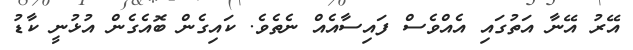
އޭރު އޭނާ އަތުގައި އެއްވެސް ފައިސާއެއް ނެތެވެ. ކައިގެން ބޮއެގެން އުޅުނީ ކާޑު